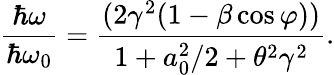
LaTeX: \frac{\hbar\omega}{\hbar\omega_{0}}=\frac{(2\gamma^{2}(1-\beta\cos\varphi))}{1+a_{0}^{2}/2+\theta^{2}\gamma^{2}}.